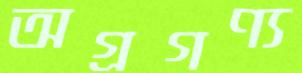
অগ্রগণ্য